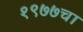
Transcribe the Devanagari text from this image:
१९७७चा